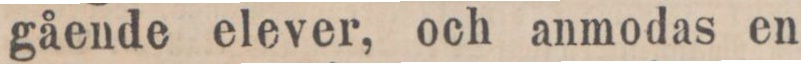
gående elever, och anmodas en